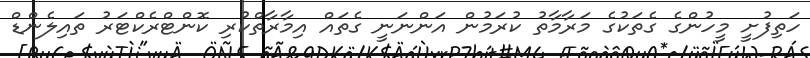
ހަތިފުށީ މީހުންގެ ގެތަކުގެ މަރާމާތު ކުރަމުން އަންނަނީ ގެތައް އިމާރާތްކުރި ކޮންޓްރެކްޓަރު ތައިލެންޑް